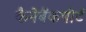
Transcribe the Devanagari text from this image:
कैनेबैंकपोर्ट